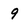
Character: 9